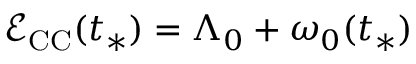
\mathcal { E } _ { \mathrm { C C } } ( t _ { * } ) = \Lambda _ { 0 } + \omega _ { 0 } ( t _ { * } )